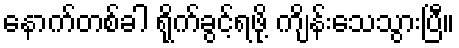
နောက်တစ်ခါ ရိုက်ခွင့်ရဖို့ ကျိန်းသေသွားပြီ။